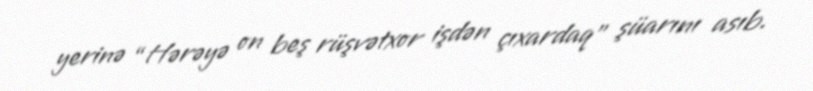
yerinə “Hərəyə on beş rüşvətxor işdən çıxardaq” şüarını asıb.